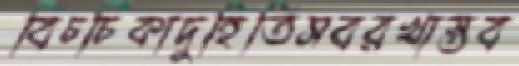
বিচর্চিকাদুহিতিসবরখাস্তব